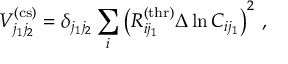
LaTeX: V _ { j _ { 1 } j _ { 2 } } ^ { \mathrm { ( c s ) } } = \delta _ { j _ { 1 } j _ { 2 } } \sum _ { i } \left( R _ { i j _ { 1 } } ^ { \mathrm { ( t h r ) } } \Delta \ln C _ { i j _ { 1 } } \right) ^ { 2 } \, ,